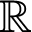
\mathbb { R }